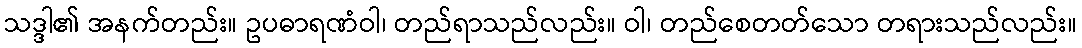
သဒ္ဒါ၏ အနက်တည်း။ ဥပဓာရဏံဝါ၊ တည်ရာသည်လည်း။ ဝါ၊ တည်စေတတ်သော တရားသည်လည်း။